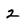
Character: 2